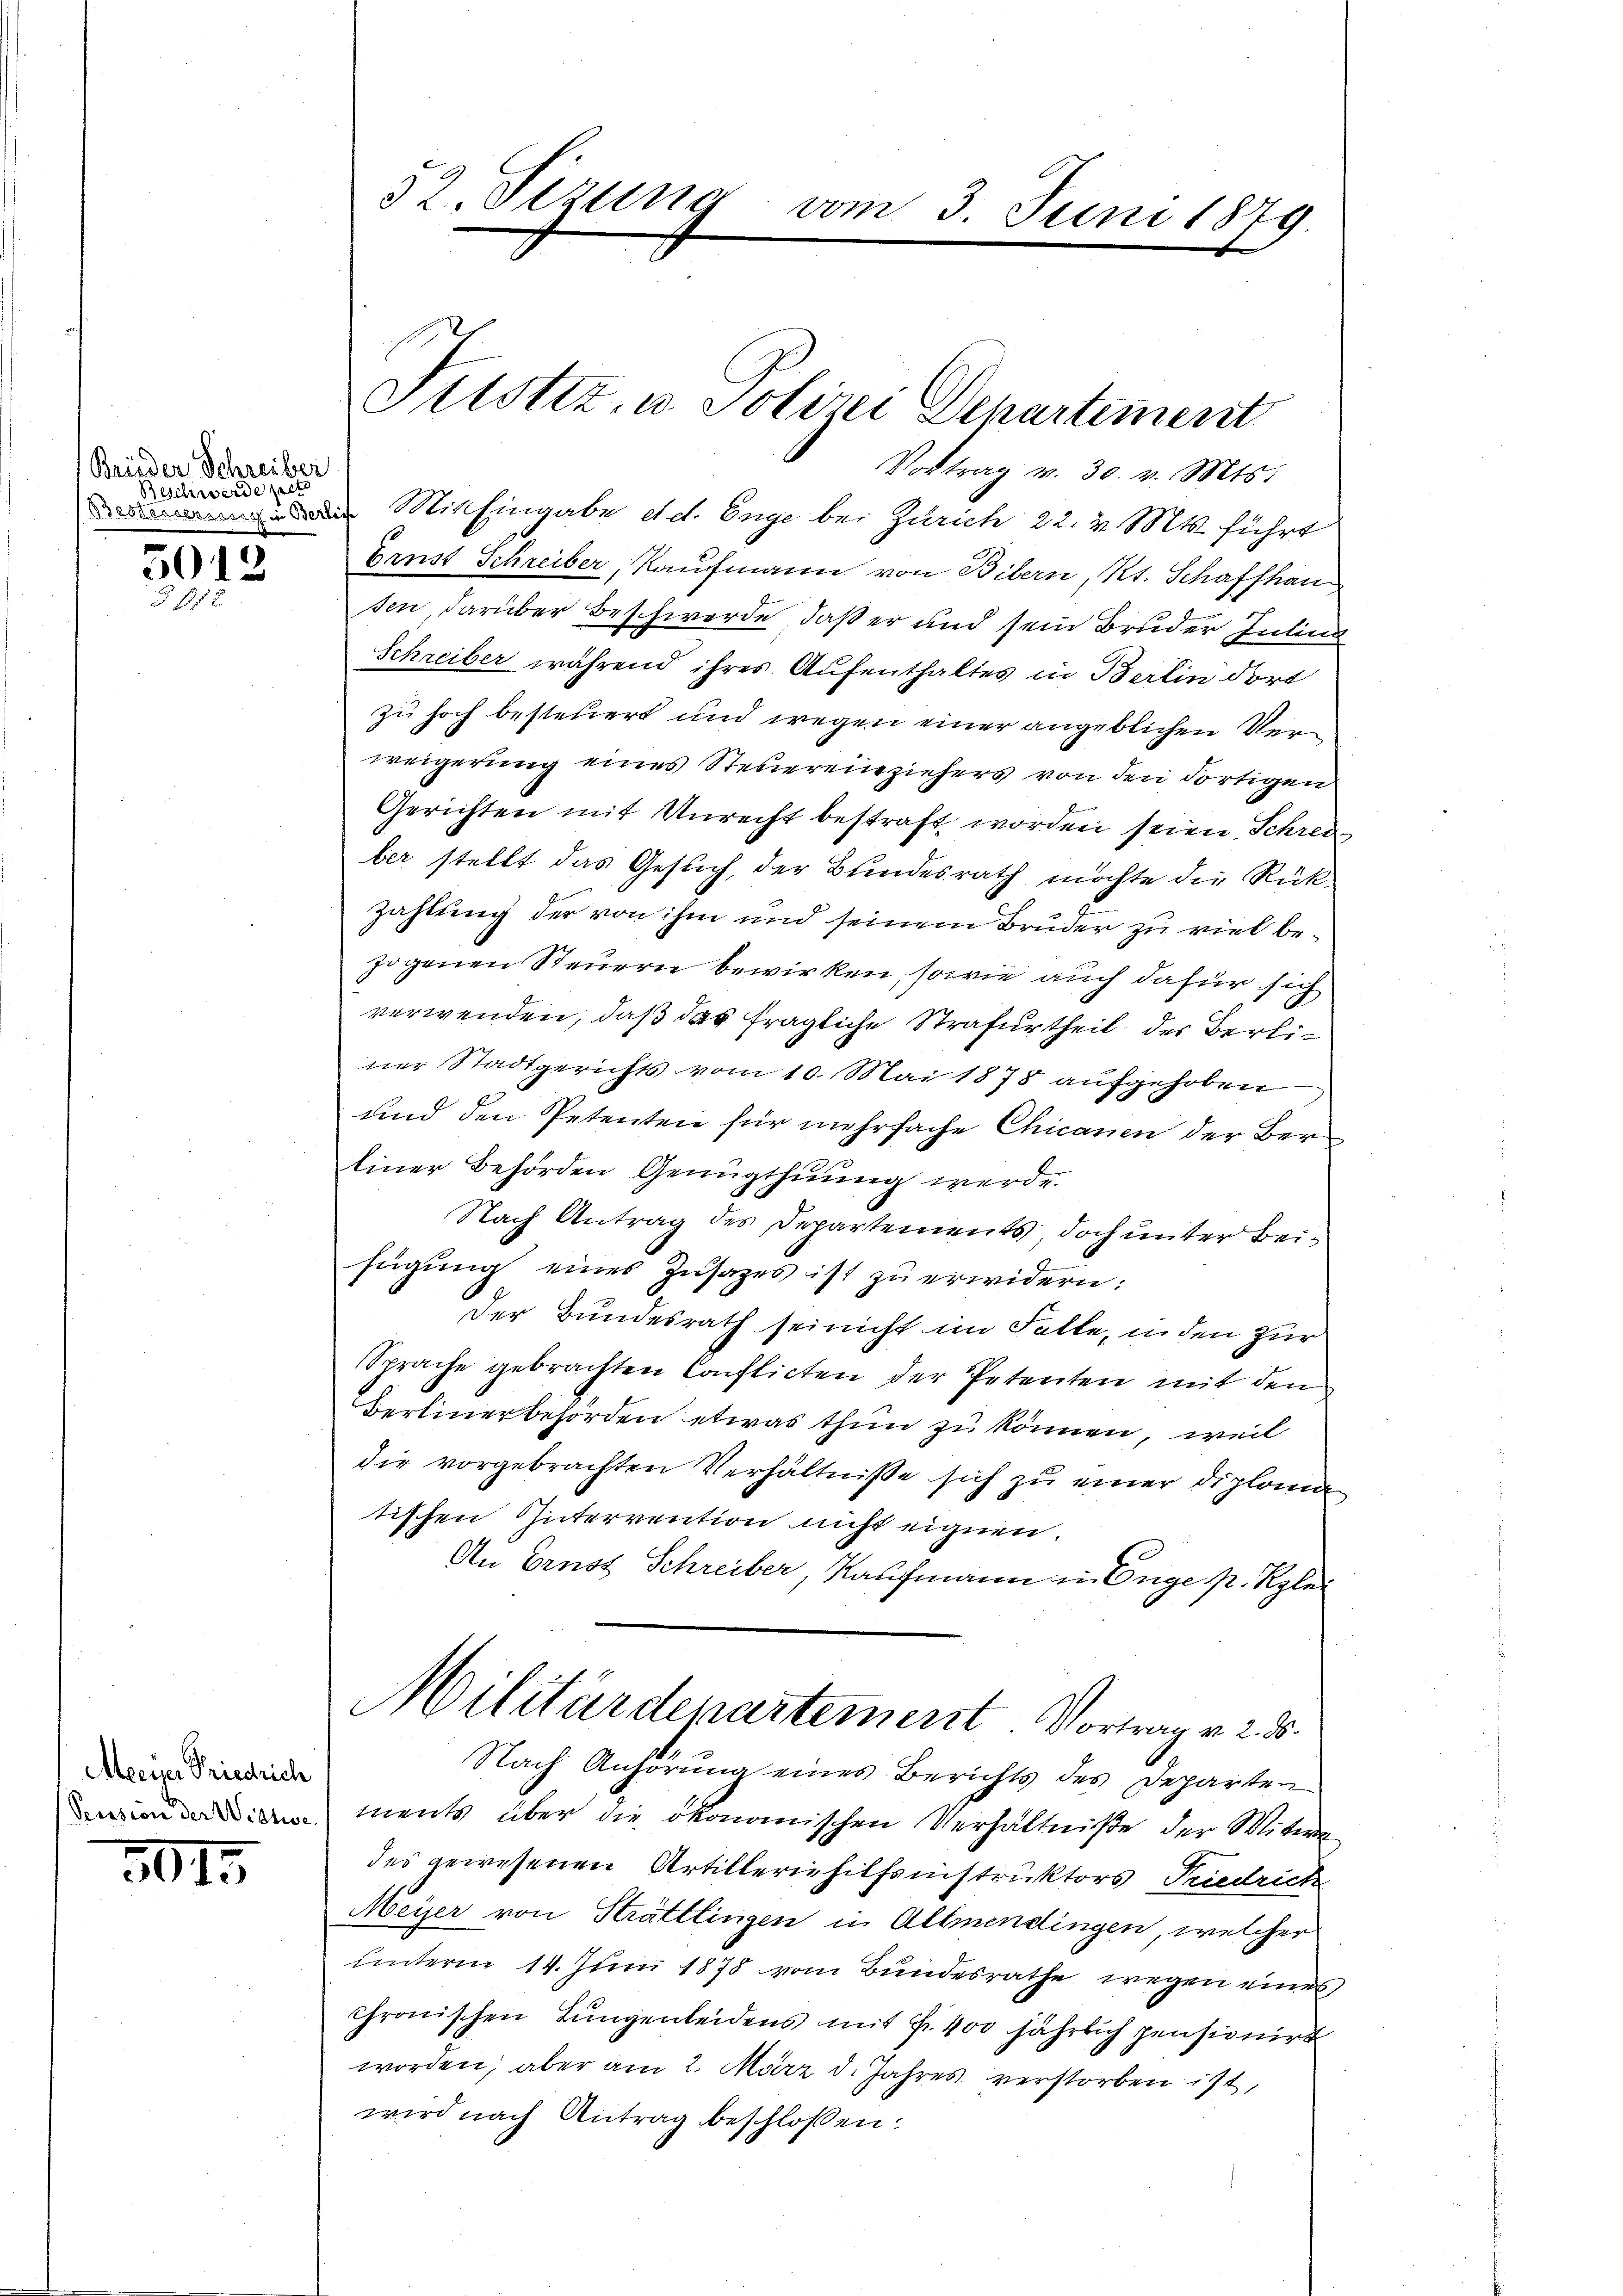
Brueder Schreiber
Beschwerde pete

5012
1

Meeiser Friedrich
Pension der Wistisc

3015

52. Sizung vom 3. Juni 1879.

Fitstiz- u. Polizei Departement
Vortrag v. 30. v. Mts.

Mit Eingabe etc. Enge bei Zürich 22. v. Mts. führt
Grust Schreiber, Kaufmann von Bibern, Kt. Schaffhau
sen, darüber Beschwerde, daß er und sein Bruder Julina
Schreiber während ihres Aufenthaltes in Berlin dort
zu hoch besteuert und wegen einer angeblichen Verweigerung eines Steuereinziehers von den dortigen
Gerichten mit Unrecht bestraft worden seien. Schreiber stellt das Gesuch, der Blindesrath möchte die Rük¬
Zahlung der von ihm und seinem Bruder zu viel bezogenen Steuern bewirken, sowie auch dafür sich
verwenden, daß das fragliche Strafurtheil der Berliner Stadtgerichts vom 10. Mai 1878 aufgehoben
und den Petenten für mehrfache Chicanen der Ber
Einer Behörden Genügthuung werde.
Nach Antrag des Departements doch unter Beifügŭng eines Zŭsates ist zu erwidern:
Der Bundesrath sei nicht im Falle, in den zur
Sprache gebrachten Conflicten der Petenten mit den
Berlinerbehörden etwas thun zu können, weil
die vorgebrachten Verhältnisse sich zu einer Diplomatischen Intervention nicht eignen.
An Ernst Schreiber, Kaufmann in Enge p. Rplei
Militärdepartement. Vortrag v. 2. ds.
Nach Anhörung eines Berichts des Departen
ments über die ökonomischen Verhältniße der Witwe
des gewesenen Artilleriehilfsinstruktors Triedrich
Meyer von Strättlingen in Allmendingen, welcher
unterm 14. Juni 1878 vom Bundesrathe wegen eines
chronischen Lungenleidens mit Fr. 400 jährlich pensionirt
worden, aber am 2. März d. Jahres verstorben ist,
wird nach Antrag beschlossen: